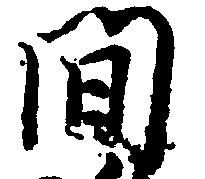
間